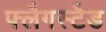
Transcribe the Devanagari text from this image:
फ्लैगस्टैड